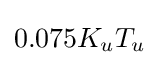
0.075K_{u}T_{u}